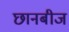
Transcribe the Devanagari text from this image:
छानबीज